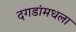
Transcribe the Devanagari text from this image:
दगडांमधला